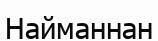
Найманнан